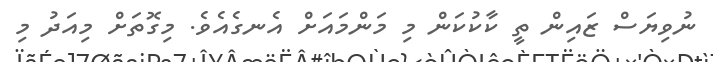
ނުވިޔަސް ޒައިން ތީ ކާކުކަން މި މަންމައަށް އެނގެއެވެ. މިގޮތަށް މިއަދު މި